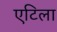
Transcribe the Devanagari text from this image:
एटिला